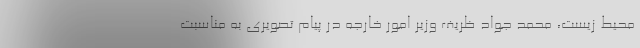
محیط زیست، محمد جواد ظریف وزیر امور خارجه در پیام تصویری به مناسبت